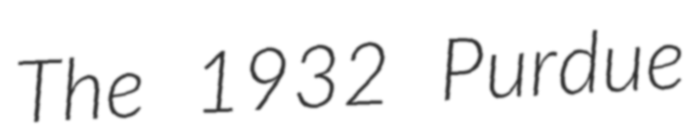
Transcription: The 1932 Purdue